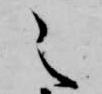
之